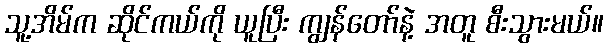
သူ့အိမ်က ဆိုင်ကယ်ကို ယူပြီး ကျွန်တော်နဲ့ အတူ စီးသွားမယ်။